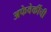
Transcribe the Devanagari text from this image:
अफेवेर्कीची